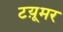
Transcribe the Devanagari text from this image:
टय़ूमर